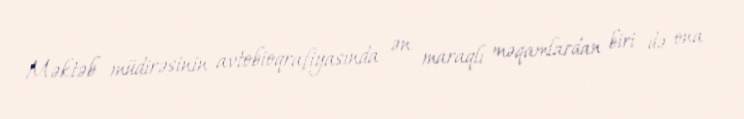
Məktəb müdirəsinin avtobioqrafiyasında ən maraqlı məqamlardan biri də ona